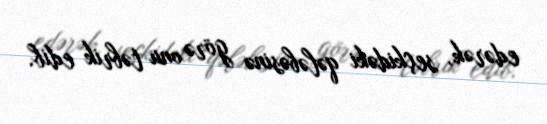
edərək, seçkidəki qələbəsinə görə onu təbrik edib.